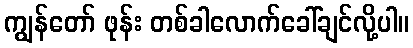
ကျွန်တော် ဖုန်း တစ်ခါလောက်ခေါ်ချင်လို့ပါ။